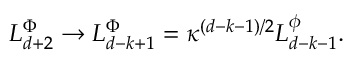
L _ { d + 2 } ^ { \Phi } \rightarrow L _ { d - k + 1 } ^ { \Phi } = \kappa ^ { \left( d - k - 1 \right) / 2 } L _ { d - k - 1 } ^ { \phi } .